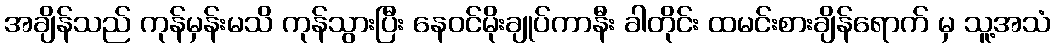
အချိန်သည် ကုန်မှန်းမသိ ကုန်သွားပြီး နေဝင်မိုးချုပ်ကာနီး ခါတိုင်း ထမင်းစားချိန်ရောက် မှ သူ့အသံ